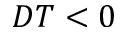
D T < 0